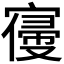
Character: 𡪢